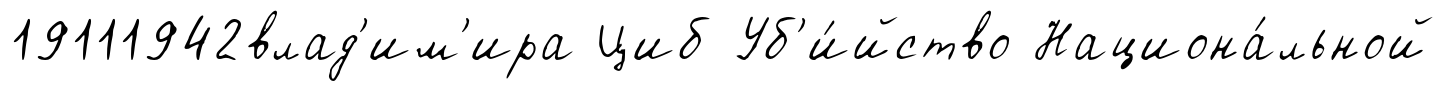
19111942влад'им'ира Циб Уб'и́йство Национа́льной